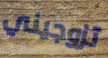
تزوجيني